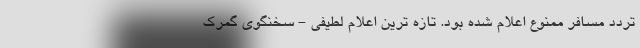
تردد مسافر ممنوع اعلام شده بود. تازه ترین اعلام لطیفی - سخنگوی گمرک